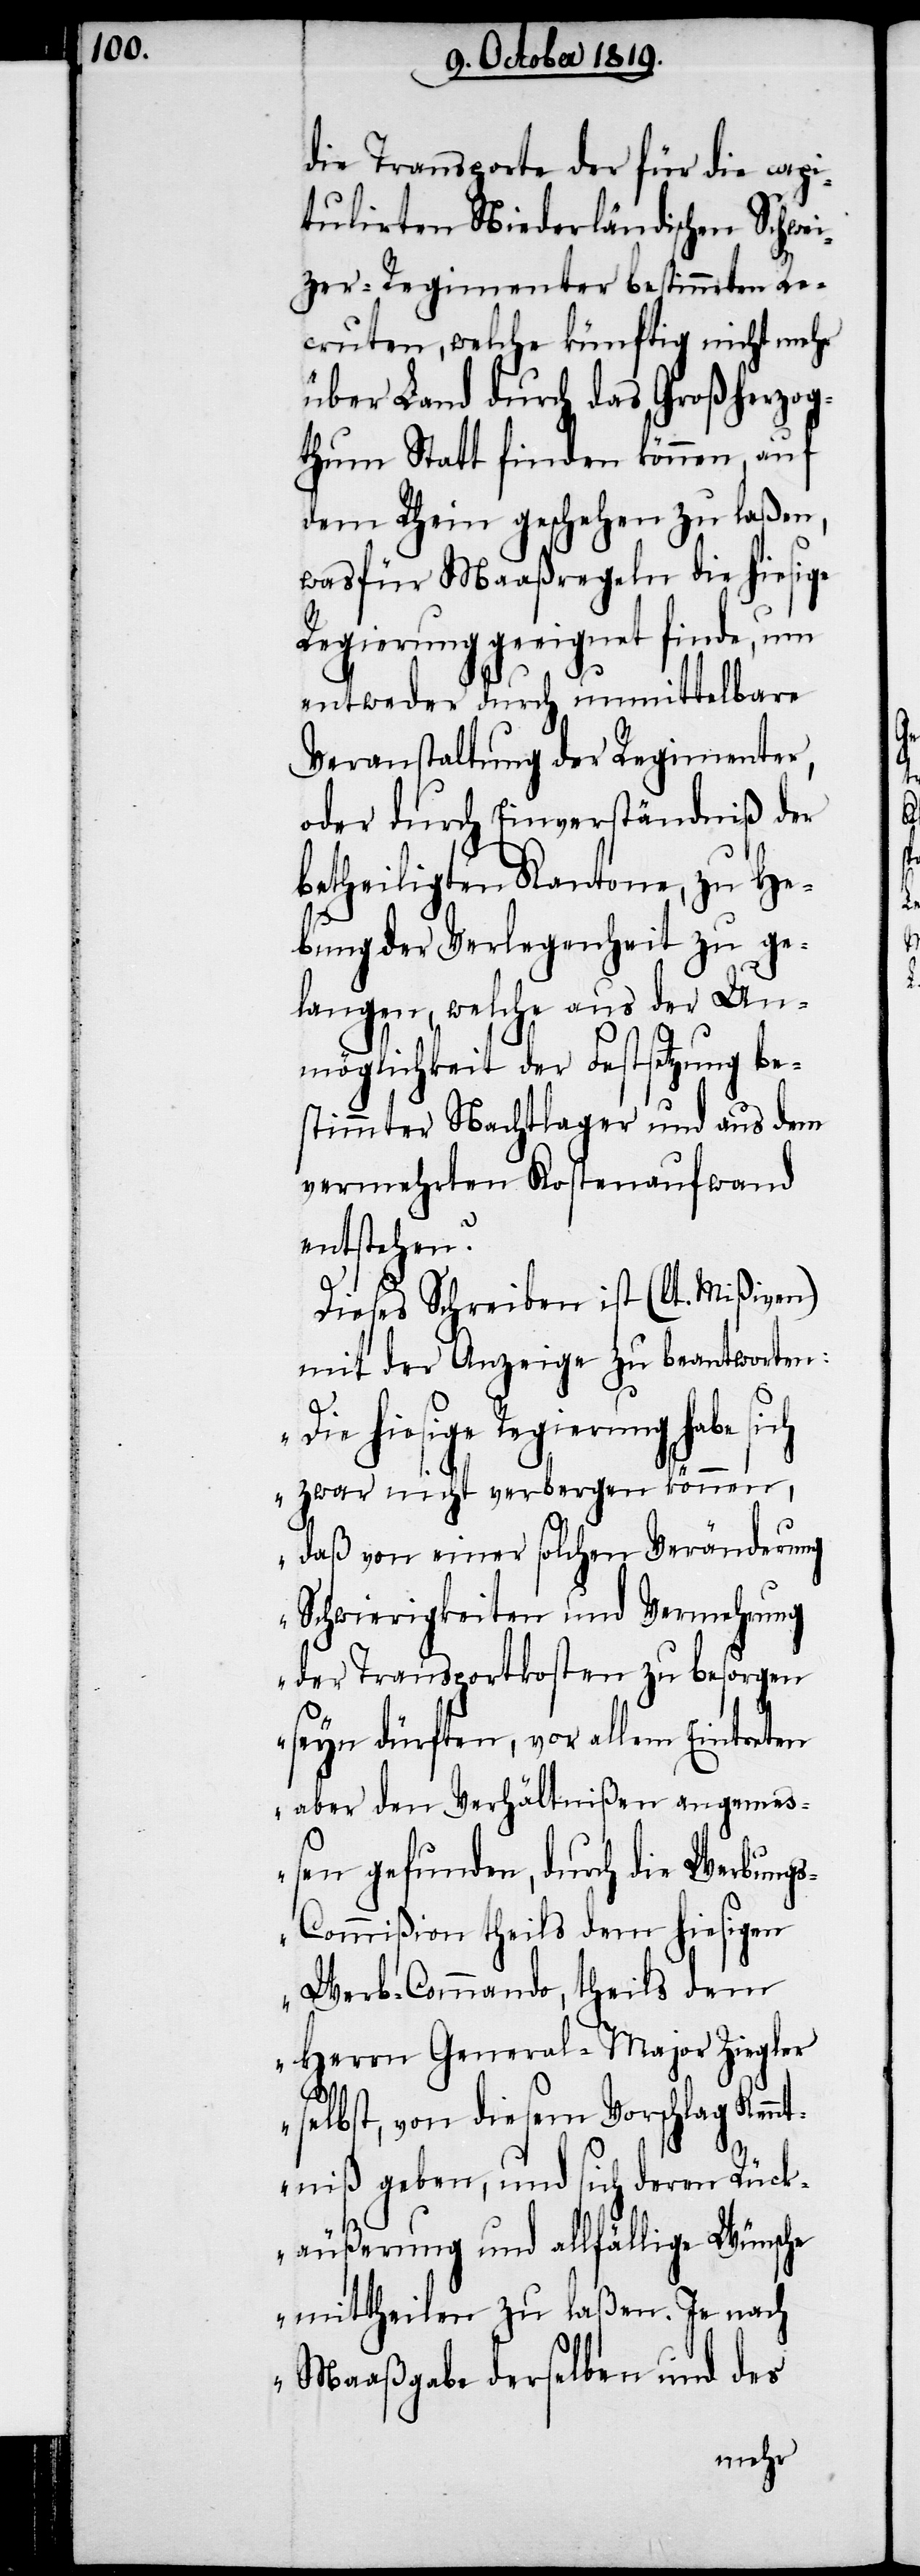
die Transporte der für die capi¬
tulirten Niederländischen Schwei¬
zer-Regimenter bestimmten Re¬
cruten, welche künftig nicht mehr
über Land durch das Großherzog¬
thum Statt finden können, auf
dem Rhein geschehen zu laßen,
wasfür Maaßregeln die hiesige
Regierung geeignet finde, um
entweder durch unmittelbare
Veranstaltung der Regimenter,
oder durch Einverständniß der
betheiligten Kantone, zu He¬
bung der Verlegenheit zu ge¬
langen, welche aus der Un¬
möglichkeit der Festsetzung be¬
stimmter Nachtlager und aus dem
vermehrten Kostenaufwand
entstehen?
Dieses Schreiben ist (lt. Mißiven)
mit der Anzeige zu beantworten:
„Die hiesige Regierung habe sich
zwar nicht verbergen können,
daß von einer solchen Veränderung
Schwierigkeiten und Vermehrung
der Transportkosten zu besorgen
seyn dürften, vor allem Eintreten
aber den Verhältnißen angemes¬
sen gefunden, durch die Werbung¬
s-Commißion theils dem hiesigen
Werb-Commando, theils dem
Herrn General-Major Ziegler
selbst, von diesem Vorschlag Kenn¬
tniß geben, und sich deren Rück¬
äußerung und allfällige Wünsche
mittheilen zu laßen. Je nach
Maaßgabe derselben und des